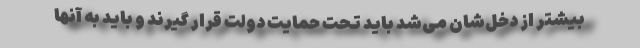
بیشتر از دخل‌شان می‌شد باید تحت حمایت دولت قرار گیرند و باید به آنها